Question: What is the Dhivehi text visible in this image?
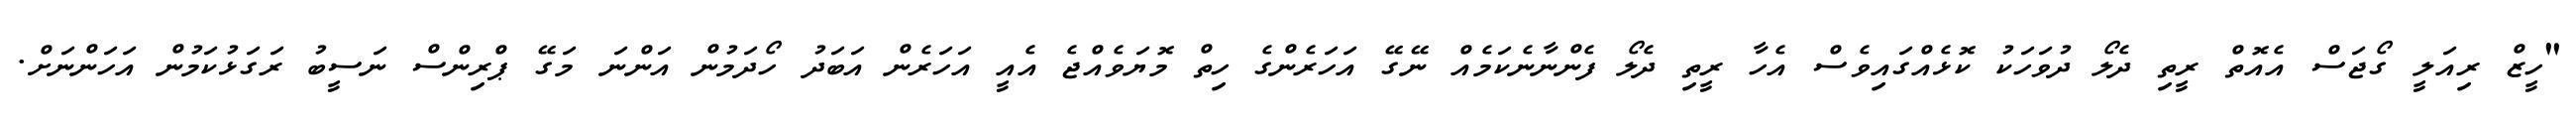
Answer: "ހީޒް ރިއަލީ ގޯޖަސް އެއޮތް ރީތި ދެލޯ ދުވަހަކު ކޮޅެއްގައިވެސް އެހާ ރީތި ދެލޯ ފެންނާނެކަމެއް ނޭގޭ އަހަރެންގެ ހިތް މޮޔަވެއްޖެ އެއީ އަހަރެން އަބަދު ހޯދަމުން އަންނަ މަގޭ ޕްރިންސް ނަސީބު ރަގަޅުކަމުން އަހަންނަށް.